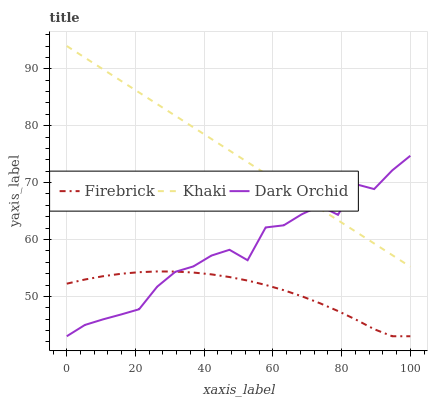
| xaxis_label | Firebrick | Khaki | Dark Orchid |
 | --- | --- | --- | --- |
 | 0 | 52.2 | 94 | 43 |
 | 5.26 | 53 | 92 | 45 |
 | 10.5 | 53.5 | 89.9 | 46 |
 | 15.8 | 54 | 87.9 | 46.8 |
 | 21.1 | 54.3 | 85.8 | 47.7 |
 | 26.3 | 54.4 | 83.8 | 51.7 |
 | 31.6 | 54.4 | 81.8 | 54.3 |
 | 36.8 | 54.2 | 79.7 | 55.3 |
 | 42.1 | 53.9 | 77.7 | 57.2 |
 | 47.4 | 53.4 | 75.6 | 58.2 |
 | 52.6 | 52.8 | 73.6 | 56.4 |
 | 57.9 | 52 | 71.5 | 62.1 |
 | 63.2 | 51.1 | 69.5 | 62.5 |
 | 68.4 | 50 | 67.5 | 64.4 |
 | 73.7 | 48.8 | 65.4 | 65.9 |
 | 78.9 | 47.4 | 63.4 | 64.3 |
 | 84.2 | 45.9 | 61.3 | 69.7 |
 | 89.5 | 44.2 | 59.3 | 68.9 |
 | 94.7 | 43 | 57.3 | 72.1 |
 | 100 | 43 | 55.2 | 74.7 |